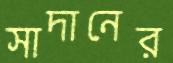
সাদানের